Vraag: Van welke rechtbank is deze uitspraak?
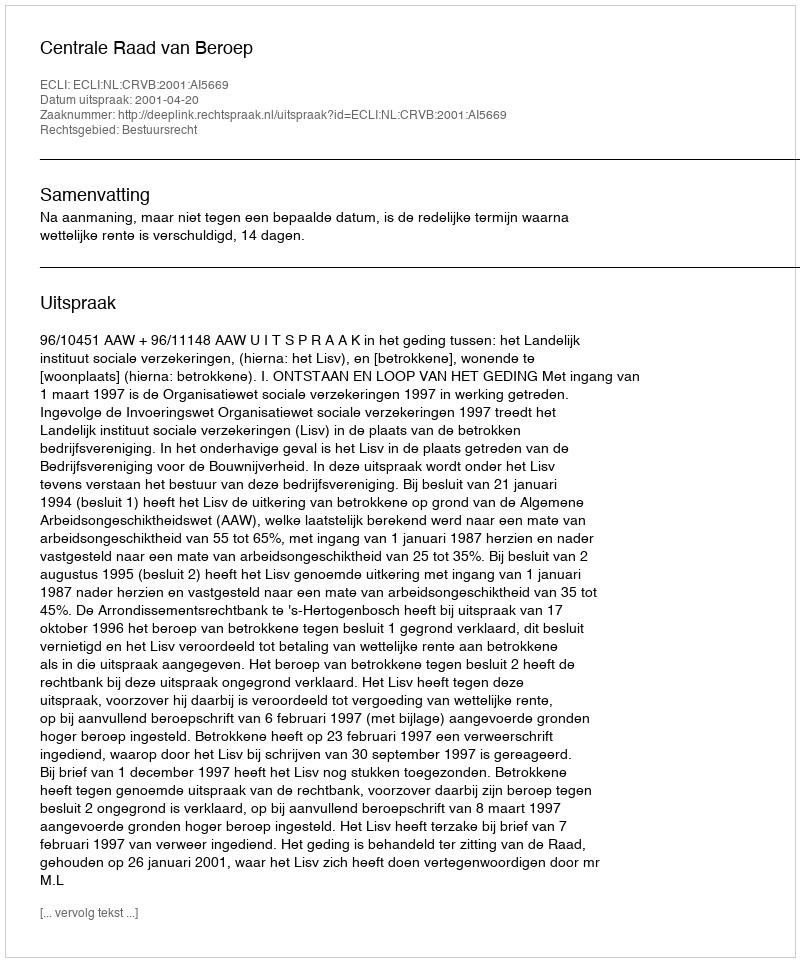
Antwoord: Centrale Raad van Beroep